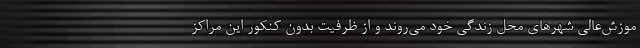
موزش‌عالی شهرهای محل زندگی خود می‌روند و از ظرفیت بدون کنکور این مراکز